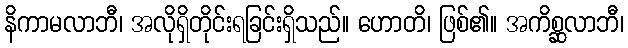
နိကာမလာဘီ၊ အလိုရှိတိုင်းရခြင်းရှိသည်။ ဟောတိ၊ ဖြစ်၏။ အကိစ္ဆလာဘီ၊